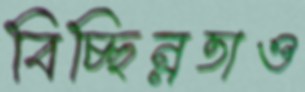
বিচ্ছিন্নতাও